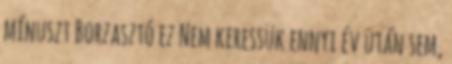
mínuszt Borzasztó ez Nem keressük ennyi év után sem,